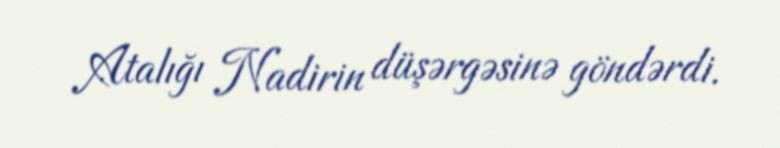
Atalığı Nadirin düşərgəsinə göndərdi.